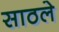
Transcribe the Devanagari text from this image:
साठले